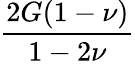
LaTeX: \frac{2G(1-\nu)}{1-2\nu}